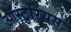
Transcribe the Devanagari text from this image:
ऑस्टुरियस